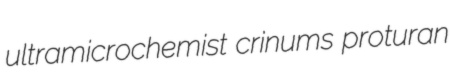
ultramicrochemist crinums proturan